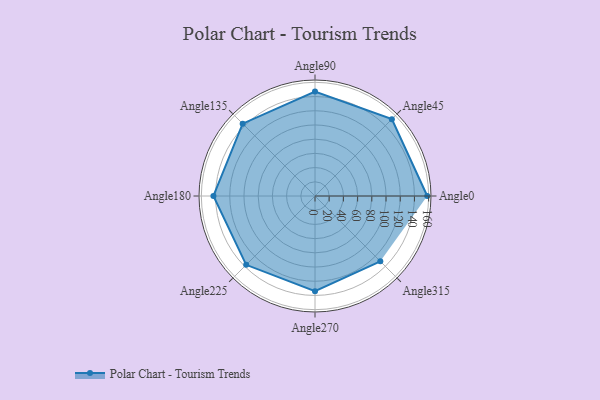
{"axis": {"x": "Angle", "y": "Radius"}, "legend": [""], "data": [{"x": "Angle0", "y": 158.0, "type": ""}, {"x": "Angle45", "y": 153.0, "type": ""}, {"x": "Angle90", "y": 147.0, "type": ""}, {"x": "Angle135", "y": 144.0, "type": ""}, {"x": "Angle180", "y": 143.0, "type": ""}, {"x": "Angle225", "y": 137.0, "type": ""}, {"x": "Angle270", "y": 134.0, "type": ""}, {"x": "Angle315", "y": 130.0, "type": ""}]}